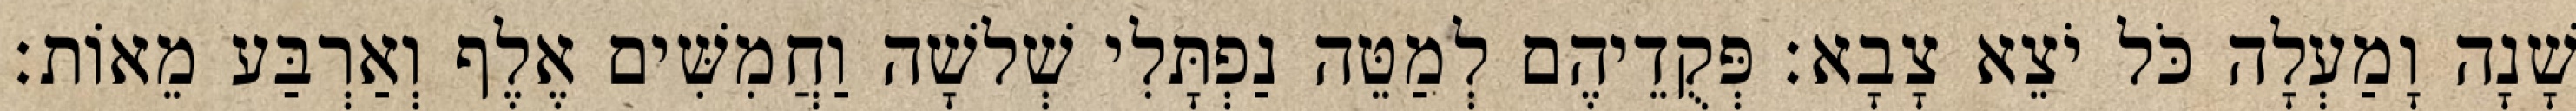
שָׁנָה וָמַעְלָה כֹּל יֹצֵא צָבָא׃ פְּקֻדֵיהֶם לְמַטֵּה נַפְתָּלִי שְׁלשָׁה וַחֲמִשִּׁים אֶלֶף וְאַרְבַּע מֵאוֹת׃